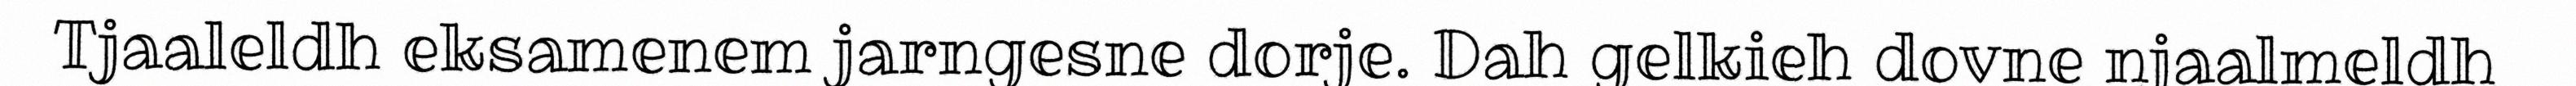
Tjaaleldh eksamenem jarngesne dorje. Dah gelkieh dovne njaalmeldh